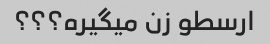
ارسطو زن میگیره؟؟؟